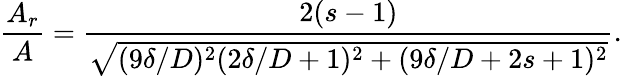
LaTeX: \frac{A_{r}}{A}=\frac{2(s-1)}{\sqrt{(9\delta/D)^{2}(2\delta/D+1)^{2}+(9\delta/D+2s+1)^{2}}}.